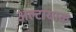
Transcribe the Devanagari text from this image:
अल्टायाक